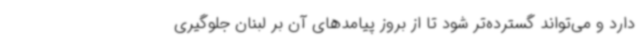
دارد و می‌تواند گسترده‌تر شود تا از بروز پیامدهای آن بر لبنان جلوگیری